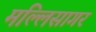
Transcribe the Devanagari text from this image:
मल्लिसागर